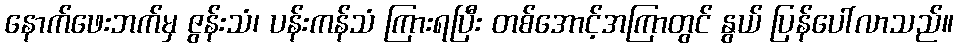
နောက်ဖေးဘက်မှ ဇွန်းသံ၊ ပန်းကန်သံ ကြားရပြီး တစ်အောင့်အကြာတွင် နွယ် ပြန်ပေါ်လာသည်။